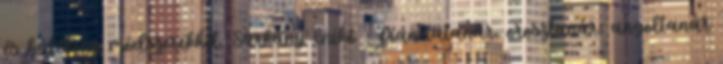
és hatékony módszerekkel. Sárkány Enikő - franciatanár, orosztanár, angoltanár